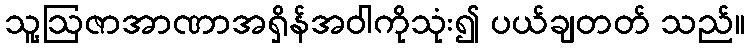
သူ့ဩဇာအာဏာအရှိန်အဝါကိုသုံး၍ ပယ်ချတတ် သည်။